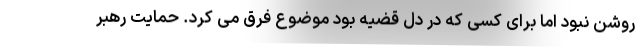
روشن نبود اما برای کسی که در دل قضیه بود موضوع فرق می کرد. حمایت رهبر